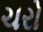
ચરો